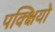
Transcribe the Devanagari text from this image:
पक्क्षियो